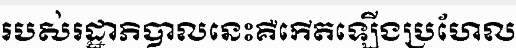
របស់រដ្ឋាភិបាលនេះគឺកើតឡើងប្រហែល